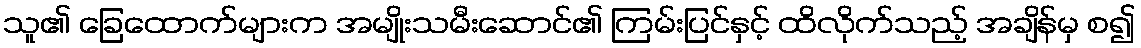
သူ၏ ခြေထောက်များက အမျိုးသမီးဆောင်၏ ကြမ်းပြင်နှင့် ထိလိုက်သည့် အချိန်မှ စ၍